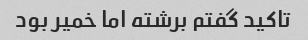
تاکید گفتم برشته اما خمیر بود